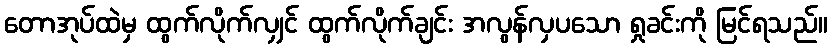
တောအုပ်ထဲမှ ထွက်လိုက်လျှင် ထွက်လိုက်ချင်း အလွန်လှပသော ရှုခင်းကို မြင်ရသည်။